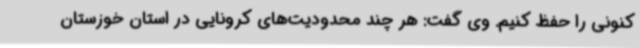
کنونی را حفظ کنیم. وی گفت: هر چند محدودیت‌های کرونایی در استان خوزستان